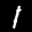
Label: 1